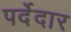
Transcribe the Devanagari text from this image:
पर्देदार